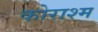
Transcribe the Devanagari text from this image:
कोराश्म